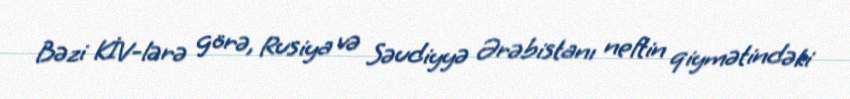
Bəzi KİV-lərə görə, Rusiya və Səudiyyə Ərəbistanı neftin qiymətindəki